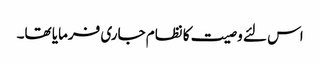
اس لئے وصیت کا نظام جاری فرمایا تھا۔